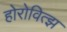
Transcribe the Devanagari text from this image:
होरोवित्झ